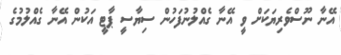
އޭނާ ނޫސްވެރިޔަކަށް ވީ އޭނާ ގެއްލުނުފަހުން ސިޔާސީ ޕާޓީ އަކުން އޭނާ ގެއްލުމުގެ